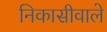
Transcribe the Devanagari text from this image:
निकासीवाले